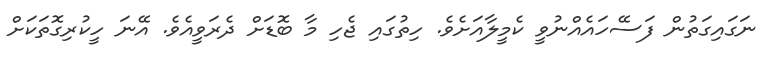
ނަގައިގަތުން ފަސޭހައެއްނުވީ ކެމީލާއަށެވެ. ހިތުގައި ޖެހި މާ ބޮޑަށް ދެރަވީއެވެ. އޭނަ ހީކުރިގޮތަކަށް